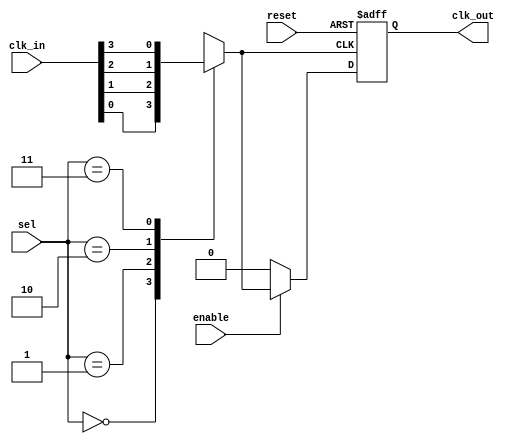
module ClockMultiplexerBuffer #(
    parameter N = 4,  // Number of clock inputs
    parameter M = 2   // Number of select lines (N = 2^M)
)(
    input wire [N-1:0] clk_in,   // Clock inputs
    input wire [M-1:0] sel,      // Select lines
    input wire enable,            // Enable signal
    input wire reset,             // Reset signal (optional)
    output reg clk_out            // Clock output
);

    // Internal signal to hold selected clock
    reg selected_clk;

    // Multiplexer logic to select the clock based on 'sel'
    always @(*) begin
        case (sel)
            2'b00: selected_clk = clk_in[0];
            2'b01: selected_clk = clk_in[1];
            2'b10: selected_clk = clk_in[2];
            2'b11: selected_clk = clk_in[3];
            default: selected_clk = clk_in[0]; // Default case
        endcase
    end

    // Output logic with enable and reset functionality
    always @(posedge selected_clk or posedge reset) begin
        if (reset) begin
            clk_out <= 1'b0; // Reset output to low
        end else if (enable) begin
            clk_out <= selected_clk; // Route selected clock to output
        end else begin
            clk_out <= 1'b0; // Disable output (hold low)
        end
    end

endmodule